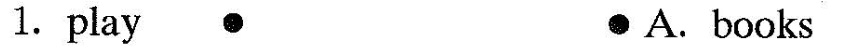
1.play ● ● A. books